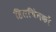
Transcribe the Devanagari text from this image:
हितचिंतकों